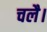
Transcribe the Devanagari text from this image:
चलै।